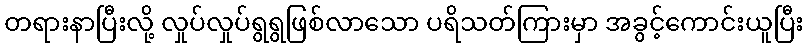
တရားနာပြီးလို့ လှုပ်လှုပ်ရွရွဖြစ်လာသော ပရိသတ်ကြားမှာ အခွင့်ကောင်းယူပြီး